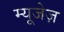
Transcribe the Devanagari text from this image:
म्यूजेज़